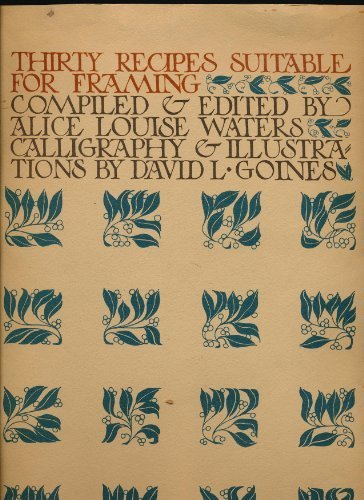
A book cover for Thirty Recipes Suitable for Framing; Crafts, Hobbies & Home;